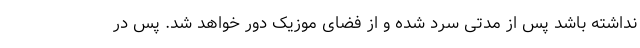
نداشته باشد پس از مدتی سرد شده و از فضای موزیک دور خواهد شد. پس در